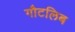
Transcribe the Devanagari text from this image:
गौटलिब